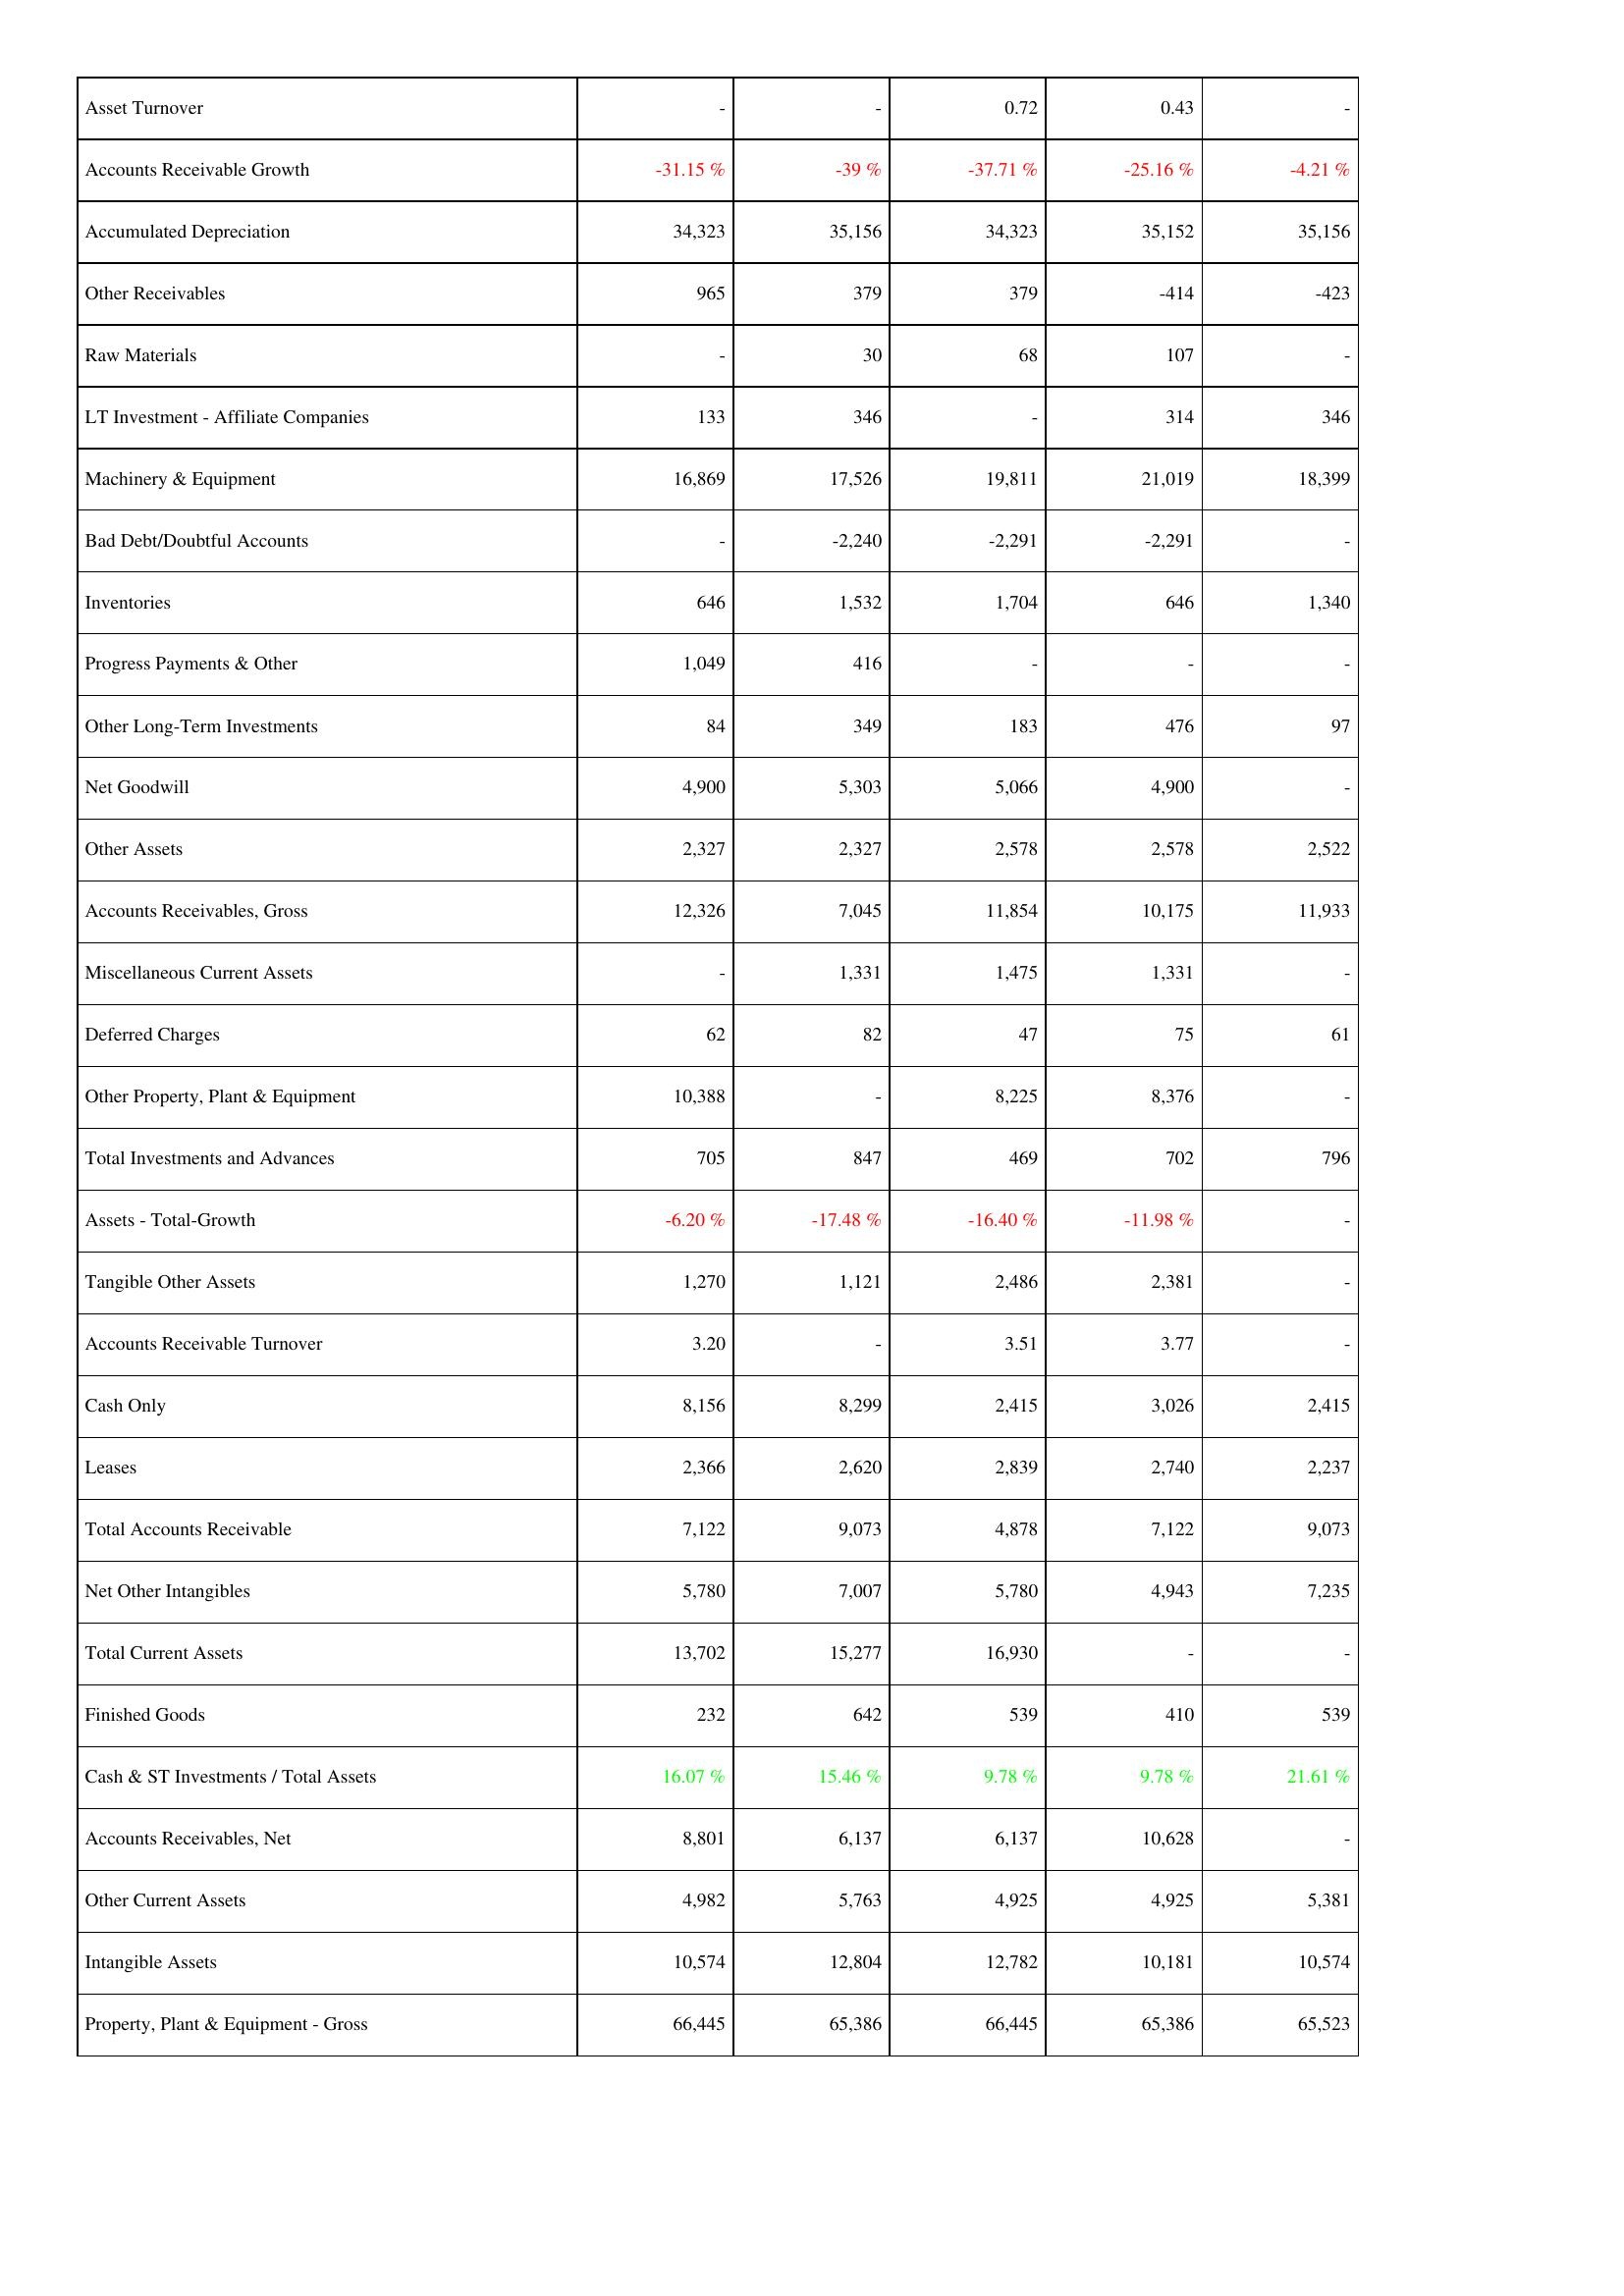
2007: Assets: Asset Turnover: -
Accounts Receivable Growth: -31.15 %
Accumulated Depreciation: 34,323
Other Receivables: 965
Raw Materials: -
LT Investment - Affiliate Companies: 133
Machinery & Equipment: 16,869
Bad Debt/Doubtful Accounts: -
Inventories: 646
Progress Payments & Other: 1,049
Other Long-Term Investments: 84
Net Goodwill: 4,900
Other Assets: 2,327
Accounts Receivables, Gross: 12,326
Miscellaneous Current Assets: -
Deferred Charges: 62
Other Property, Plant & Equipment: 10,388
Total Investments and Advances: 705
Assets - Total-Growth: -6.20 %
Tangible Other Assets: 1,270
Accounts Receivable Turnover: 3.20
Cash Only: 8,156
Leases: 2,366
Total Accounts Receivable: 7,122
Net Other Intangibles: 5,780
Total Current Assets: 13,702
Finished Goods: 232
Cash & ST Investments / Total Assets: 16.07 %
Accounts Receivables, Net: 8,801
Other Current Assets: 4,982
Intangible Assets: 10,574
Property, Plant & Equipment - Gross: 66,445
2008: Assets: Asset Turnover: -
Accounts Receivable Growth: -39 %
Accumulated Depreciation: 35,156
Other Receivables: 379
Raw Materials: 30
LT Investment - Affiliate Companies: 346
Machinery & Equipment: 17,526
Bad Debt/Doubtful Accounts: -2,240
Inventories: 1,532
Progress Payments & Other: 416
Other Long-Term Investments: 349
Net Goodwill: 5,303
Other Assets: 2,327
Accounts Receivables, Gross: 7,045
Miscellaneous Current Assets: 1,331
Deferred Charges: 82
Other Property, Plant & Equipment: -
Total Investments and Advances: 847
Assets - Total-Growth: -17.48 %
Tangible Other Assets: 1,121
Accounts Receivable Turnover: -
Cash Only: 8,299
Leases: 2,620
Total Accounts Receivable: 9,073
Net Other Intangibles: 7,007
Total Current Assets: 15,277
Finished Goods: 642
Cash & ST Investments / Total Assets: 15.46 %
Accounts Receivables, Net: 6,137
Other Current Assets: 5,763
Intangible Assets: 12,804
Property, Plant & Equipment - Gross: 65,386
2009: Assets: Asset Turnover: 0.72
Accounts Receivable Growth: -37.71 %
Accumulated Depreciation: 34,323
Other Receivables: 379
Raw Materials: 68
LT Investment - Affiliate Companies: -
Machinery & Equipment: 19,811
Bad Debt/Doubtful Accounts: -2,291
Inventories: 1,704
Progress Payments & Other: -
Other Long-Term Investments: 183
Net Goodwill: 5,066
Other Assets: 2,578
Accounts Receivables, Gross: 11,854
Miscellaneous Current Assets: 1,475
Deferred Charges: 47
Other Property, Plant & Equipment: 8,225
Total Investments and Advances: 469
Assets - Total-Growth: -16.40 %
Tangible Other Assets: 2,486
Accounts Receivable Turnover: 3.51
Cash Only: 2,415
Leases: 2,839
Total Accounts Receivable: 4,878
Net Other Intangibles: 5,780
Total Current Assets: 16,930
Finished Goods: 539
Cash & ST Investments / Total Assets: 9.78 %
Accounts Receivables, Net: 6,137
Other Current Assets: 4,925
Intangible Assets: 12,782
Property, Plant & Equipment - Gross: 66,445
2010: Assets: Asset Turnover: 0.43
Accounts Receivable Growth: -25.16 %
Accumulated Depreciation: 35,152
Other Receivables: -414
Raw Materials: 107
LT Investment - Affiliate Companies: 314
Machinery & Equipment: 21,019
Bad Debt/Doubtful Accounts: -2,291
Inventories: 646
Progress Payments & Other: -
Other Long-Term Investments: 476
Net Goodwill: 4,900
Other Assets: 2,578
Accounts Receivables, Gross: 10,175
Miscellaneous Current Assets: 1,331
Deferred Charges: 75
Other Property, Plant & Equipment: 8,376
Total Investments and Advances: 702
Assets - Total-Growth: -11.98 %
Tangible Other Assets: 2,381
Accounts Receivable Turnover: 3.77
Cash Only: 3,026
Leases: 2,740
Total Accounts Receivable: 7,122
Net Other Intangibles: 4,943
Total Current Assets: -
Finished Goods: 410
Cash & ST Investments / Total Assets: 9.78 %
Accounts Receivables, Net: 10,628
Other Current Assets: 4,925
Intangible Assets: 10,181
Property, Plant & Equipment - Gross: 65,386
2011: Assets: Asset Turnover: -
Accounts Receivable Growth: -4.21 %
Accumulated Depreciation: 35,156
Other Receivables: -423
Raw Materials: -
LT Investment - Affiliate Companies: 346
Machinery & Equipment: 18,399
Bad Debt/Doubtful Accounts: -
Inventories: 1,340
Progress Payments & Other: -
Other Long-Term Investments: 97
Net Goodwill: -
Other Assets: 2,522
Accounts Receivables, Gross: 11,933
Miscellaneous Current Assets: -
Deferred Charges: 61
Other Property, Plant & Equipment: -
Total Investments and Advances: 796
Assets - Total-Growth: -
Tangible Other Assets: -
Accounts Receivable Turnover: -
Cash Only: 2,415
Leases: 2,237
Total Accounts Receivable: 9,073
Net Other Intangibles: 7,235
Total Current Assets: -
Finished Goods: 539
Cash & ST Investments / Total Assets: 21.61 %
Accounts Receivables, Net: -
Other Current Assets: 5,381
Intangible Assets: 10,574
Property, Plant & Equipment - Gross: 65,523